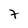
Character: 7